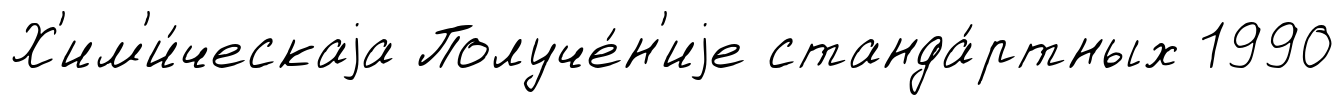
Х'им'и́ческаjа Получе́н'иjе станда́ртных 1990